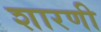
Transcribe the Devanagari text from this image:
शारणी